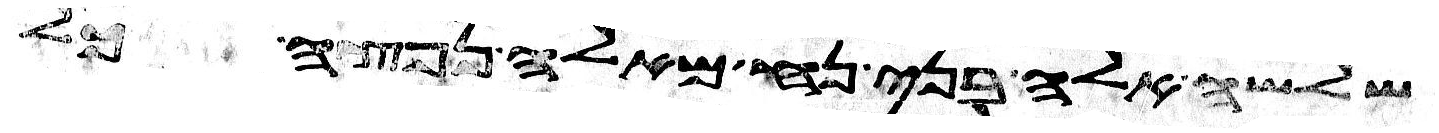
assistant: שלשה אלה בני נח מאלה נפצה כל